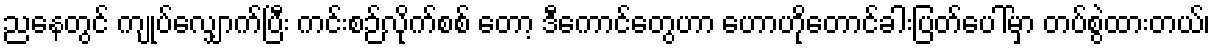
ညနေတွင် ကျုပ်လျှောက်ပြီး ကင်းစဉ်လိုက်စစ် တော့ ဒီကောင်တွေဟာ ဟောဟိုတောင်ခါးပြတ်ပေါ်မှာ တပ်စွဲထားတယ်၊